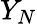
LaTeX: Y_{N}